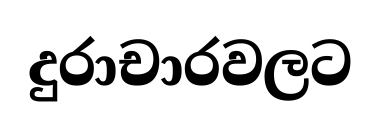
දුරාචාරවලට